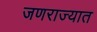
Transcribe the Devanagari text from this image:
जणराज्यात